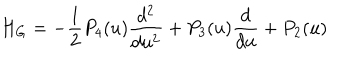
LaTeX: H _ { G } = - \frac { 1 } { 2 } P _ { 4 } ( u ) \frac { d ^ { 2 } } { d u ^ { 2 } } + P _ { 3 } ( u ) \frac { d } { d u } + P _ { 2 } ( u )